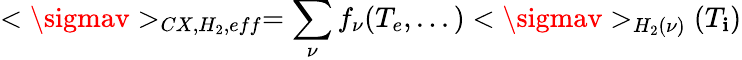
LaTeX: <\sigmav>_{CX,H_{2},eff}=\sum_{\nu}f_{\nu}(T_{e},...)<\sigmav>_{H_{2}(\nu)}(T_{\mathbf{i}})